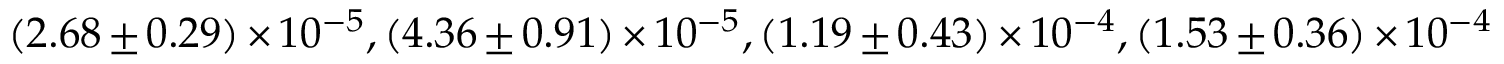
( 2 . 6 8 \pm 0 . 2 9 ) \times 1 0 ^ { - 5 } , ( 4 . 3 6 \pm 0 . 9 1 ) \times 1 0 ^ { - 5 } , ( 1 . 1 9 \pm 0 . 4 3 ) \times 1 0 ^ { - 4 } , ( 1 . 5 3 \pm 0 . 3 6 ) \times 1 0 ^ { - 4 }